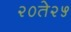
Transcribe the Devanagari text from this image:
२०ते२५